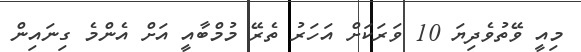
މިއީ ވޭތުވެދިޔަ 10 ވަރަކަށް އަަހަރު ތެރޭ މުމްބާއީ އަށް އެންމެ ގިނައިން